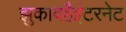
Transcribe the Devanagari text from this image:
झुकावहैइंटरनेट